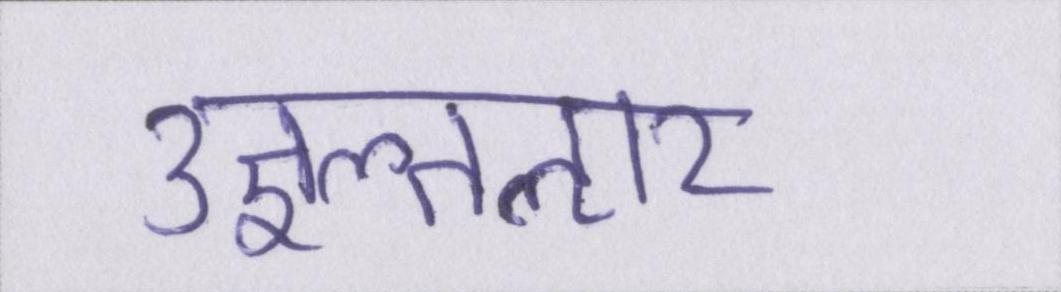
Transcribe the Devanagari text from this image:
उज्ञल्तऌार